Leaving Certificate Examination (including Day School Certificate (Higher) General paper), 1930
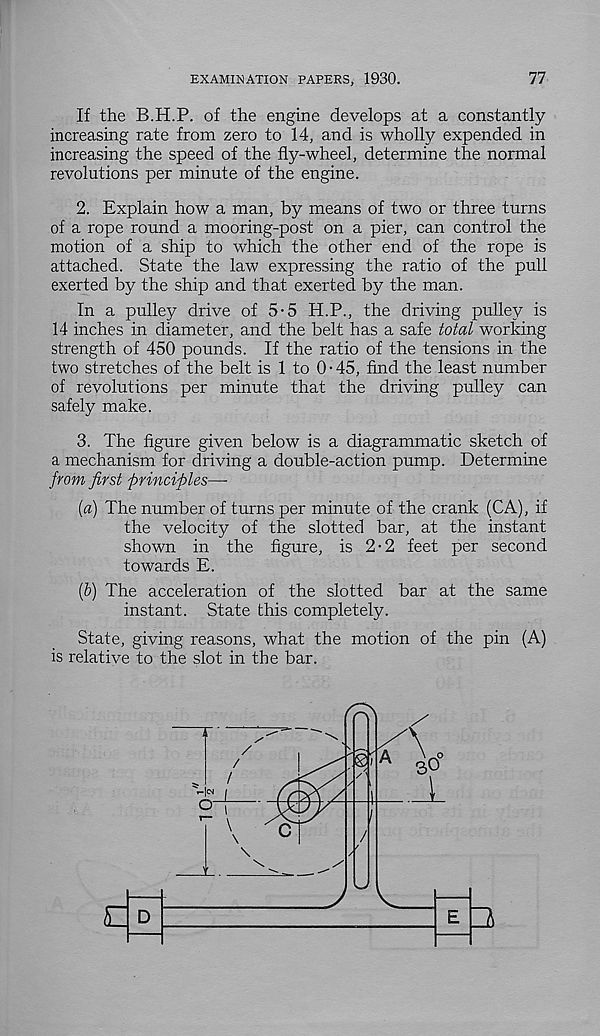
EXAMINATION PAPERS, 1930.
77
If the B.H.P. of the engine develops at a constantly
increasing rate from zero to 14, and is wholly expended in
increasing the speed of the fly-wheel, determine the normal
revolutions per minute of the engine.
2. Explain how a man, by means of two or three turns
of a rope round a mooring-post on a pier, can control the
motion of a ship to which the other end of the rope is
attached. State the law expressing the ratio of the pull
exerted by the ship and that exerted by the man.
In a pulley drive of 5-5 H.P., the driving pulley is
14 inches in diameter, and the belt has a safe total working
strength of 450 pounds. If the ratio of the tensions in the
two stretches of the belt is 1 to 0 • 45, find the least number
of revolutions per minute that the driving pulley can
safely make.
3. The figure given below is a diagrammatic sketch of
a mechanism for driving a double-action pump. Determine
from first 'principles—
[a) The number of turns per minute of the crank (CA), if
the velocity of the slotted bar, at the instant
shown in the figure, is 2-2 feet per second
towards E.
(b) The acceleration of the slotted bar at the same
instant. State this completely.
State, giving reasons, what the motion of the pin (A)
is relative to the slot in the bar.